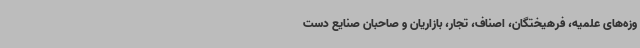
وزه‌های علمیه، فرهیختگان، اصناف، تجار، بازاریان و صاحبان صنایع دست